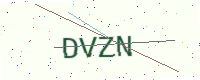
Text: DVZN